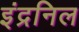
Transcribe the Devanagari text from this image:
इंद्रनिल